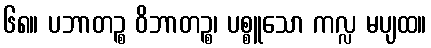
၆၈။ ပဘာတဉ္စ ဝိဘာတဉ္စ၊ ပစ္စူသော ကလ္လ မပျထ။